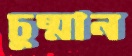
চুষ্মান